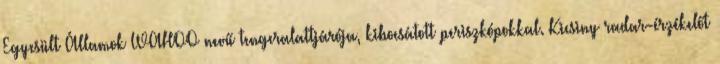
Egyesült Államok WAHOO nevű tengeralattjárója, kibocsátott periszkópokkal. Kicsiny radar-érzékelőt